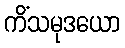
ကိံသမုဒယော